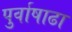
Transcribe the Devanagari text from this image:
पुर्वाषाढा